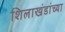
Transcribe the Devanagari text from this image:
शिलाखंडांच्या